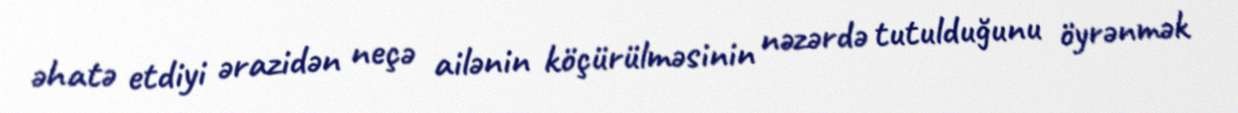
əhatə etdiyi ərazidən neçə ailənin köçürülməsinin nəzərdə tutulduğunu öyrənmək